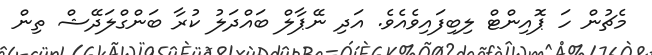
މެޗުން ހަ ޕޮއިންޓް ލިބިފައިވެއެވެ. އަދި ނޭޕާލް ބައްދަލު ކުރާ ބަންގްލަދޭޝް ތިން